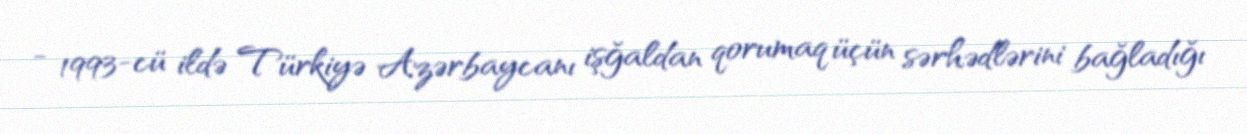
- 1993-cü ildə Türkiyə Azərbaycanı işğaldan qorumaq üçün sərhədlərini bağladığı